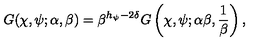
G ( \chi , \psi ; \alpha , \beta ) = \beta ^ { h _ { \psi } - 2 \delta } G \left( \chi , \psi ; \alpha \beta , { \frac { 1 } { \beta } } \right) ,